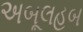
અબૂલહબ